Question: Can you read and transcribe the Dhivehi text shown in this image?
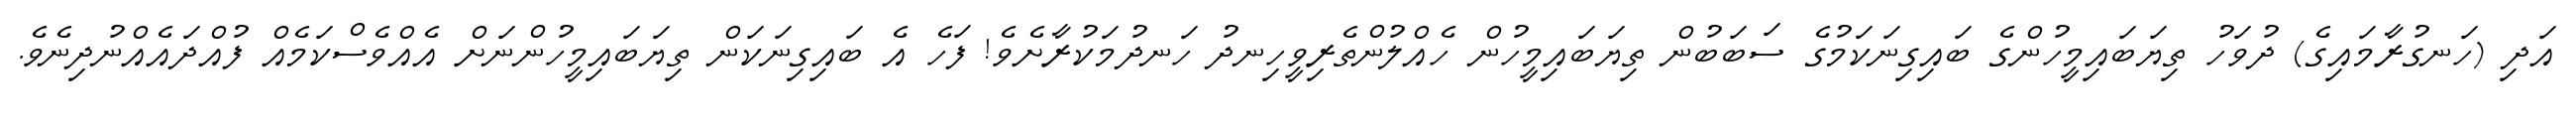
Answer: އަދި (ހަނގުރާމައިގެ) ދުވަހު ތިޔަބައިމީހުންގެ ބައިގިނަކަމުގެ ސަބަބުން ތިޔަބައިމީހުން ހެއްލުންތެރިވީހިނދު ހަނދުމަކުރާށެވެ! ފަހެ އެ ބައިގިނަކަން ތިޔަބައިމީހުންނަށް އެއްވެސްކަމެއް ފުއްދައެއްނުދިނެވެ.